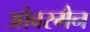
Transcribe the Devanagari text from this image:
ओवरमैन